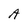
Character: A